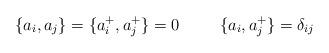
LaTeX: \begin{align*}\{ a_{i},a_{j} \} = \{ a_{i}^{+}, a_{j}^{+} \} = 0 \;\;\;\;\;\:\;\;\; \{ a_{i}, a_{j}^{+} \} = \delta_{ij}\end{align*}